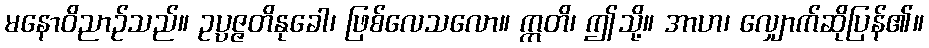
မနောဝိညာဉ်သည်။ ဥပ္ပဇ္ဇတိနုခေါ၊ ဖြစ်လေသလော။ ဣတိ၊ ဤသို့။ အာဟ၊ လျှောက်ဆိုပြန်၏။